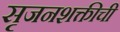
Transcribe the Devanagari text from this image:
सृजनशक्तीची